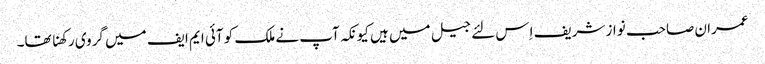
عمران صاحب نواز شریف اِس لئے جیل میں ہیں کیونکہ آپ نے ملک کو آئی ایم ایف میں گروی رکھنا تھا۔